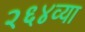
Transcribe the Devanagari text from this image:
२६४व्या